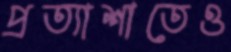
প্রত্যাশাতেও